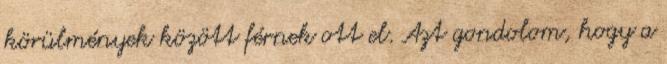
körülmények között férnek ott el. Azt gondolom, hogy a